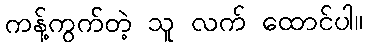
ကန့်ကွက်တဲ့ သူ လက် ထောင်ပါ။